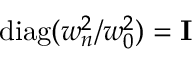
\mathrm { d i a g } ( w _ { n } ^ { 2 } / w _ { 0 } ^ { 2 } ) = { \bf I }